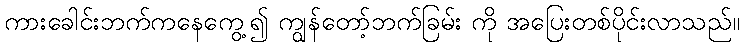
ကားခေါင်းဘက်ကနေကွေ့၍ ကျွန်တော့်ဘက်ခြမ်း ကို အပြေးတစ်ပိုင်းလာသည်။